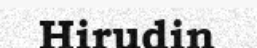
Hirudin